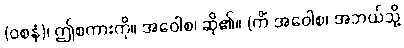
(ဝစနံ)၊ ဤစကားကို။ အဝေါစ၊ ဆို၏။ (ကိံ အဝေါစ၊ အဘယ်သို့